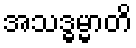
အသဒ္ဓမ္မာတိ